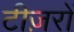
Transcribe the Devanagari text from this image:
टीज़रों